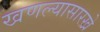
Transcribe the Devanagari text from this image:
खणल्यासारखे